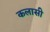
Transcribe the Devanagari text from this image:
कलासी